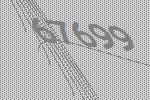
67699